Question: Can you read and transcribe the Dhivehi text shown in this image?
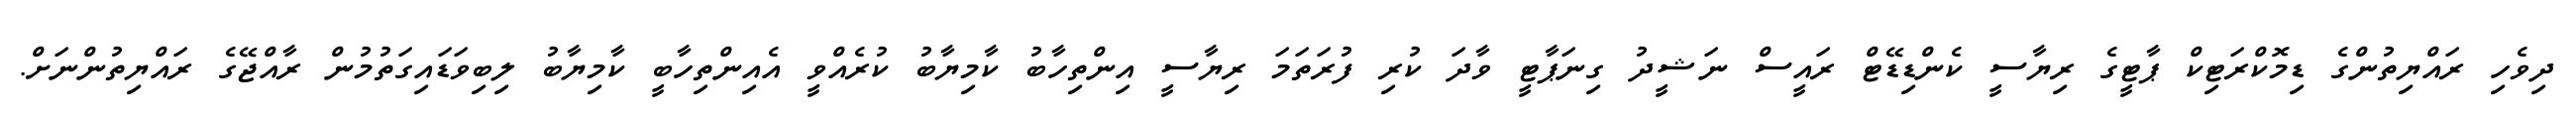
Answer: ދިވެހި ރައްޔިތުންގެ ޑިމޮކްރަޓިކް ޕާޓީގެ ރިޔާސީ ކެންޑިޑޭޓް ރައީސް ނަޝީދު ގިނަޕާޓީ ވާދަ ކުރި ފުރަތަމަ ރިޔާސީ އިންތިހާބު ކާމިޔާބު ކުރެއްވީ އެއިންތިހާބީ ކާމިޔާބު ލިބިވަޑައިގަތުމުން ރާއްޖޭގެ ރައްޔިތުންނަށް.